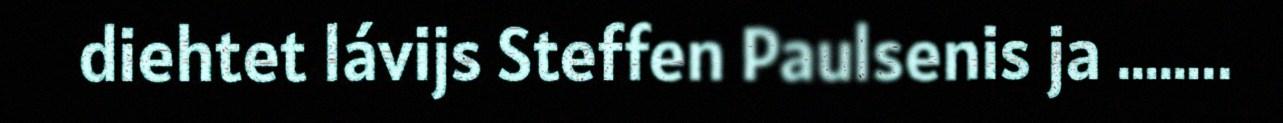
diehtet lávijs Steffen Paulsenis ja ……..